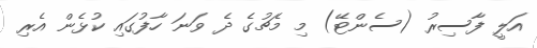
އަލީ ފާސިރު (ސެންޓޭ) މި މެޗުގެ ދެ ވަނަ ހާފުގައި ކުޅެން އެރި